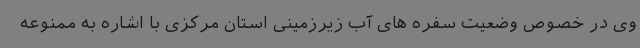
وی در خصوص وضعیت سفره های آب زیرزمینی استان مرکزی با اشاره به ممنوعه